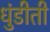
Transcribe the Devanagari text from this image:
धुंडीती